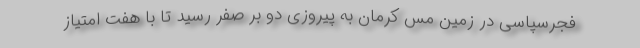
فجرسپاسی در زمین مس کرمان به پیروزی دو بر صفر رسید تا با هفت امتیاز